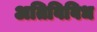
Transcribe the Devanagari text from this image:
अतिविविध